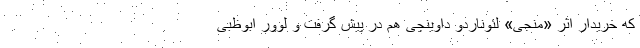
که خریدار اثر «منجی» لئوناردو داوینچی هم در پیش گرفت و لوور ابوظبی